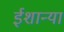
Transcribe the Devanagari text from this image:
ईशान्या